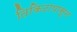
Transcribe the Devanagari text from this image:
तिकिटापासून